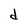
Character: d